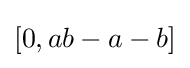
[0,ab-a-b]